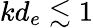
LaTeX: kd_{e}\lesssim 1